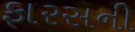
ફારસની